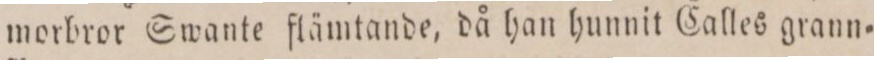
morbror Swante flämtande, då han hunnit Calles grann=